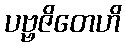
ပဗ္ဗဇိတေဟိ